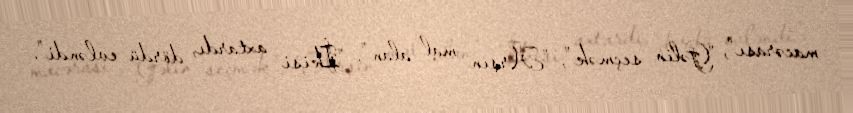
macərası", "Gəlin seçmək", "Arşın mal alan", "İkisi axtardı, dördü evləndi".